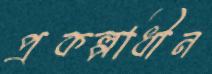
প্রকল্পাধীন